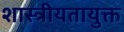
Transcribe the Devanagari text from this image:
शास्त्रीयतायुक्त